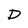
Character: D